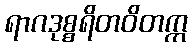
ရာဂဒုစ္စရိတဝိတက္က